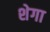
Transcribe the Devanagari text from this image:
शेगा